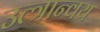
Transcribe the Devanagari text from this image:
उत्त्रान्वय